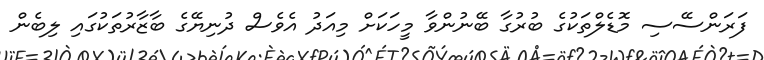
ފަރަންސޭސި މޮޑެލްތަކުގެ ބުރުގާ ބޭނުންވާ މީހަކަށް މިއަދު އެވެސް ދުނިޔޭގެ ބާޒާރުތަކުގައި ލިބެން